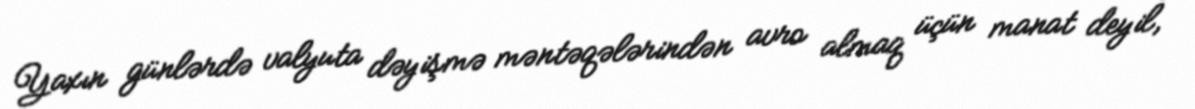
Yaxın günlərdə valyuta dəyişmə məntəqələrindən avro almaq üçün manat deyil,